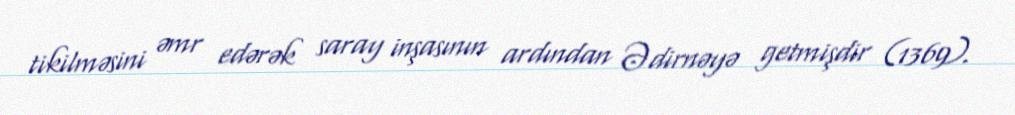
tikilməsini əmr edərək saray inşasının ardından Ədirnəyə getmişdir (1369).